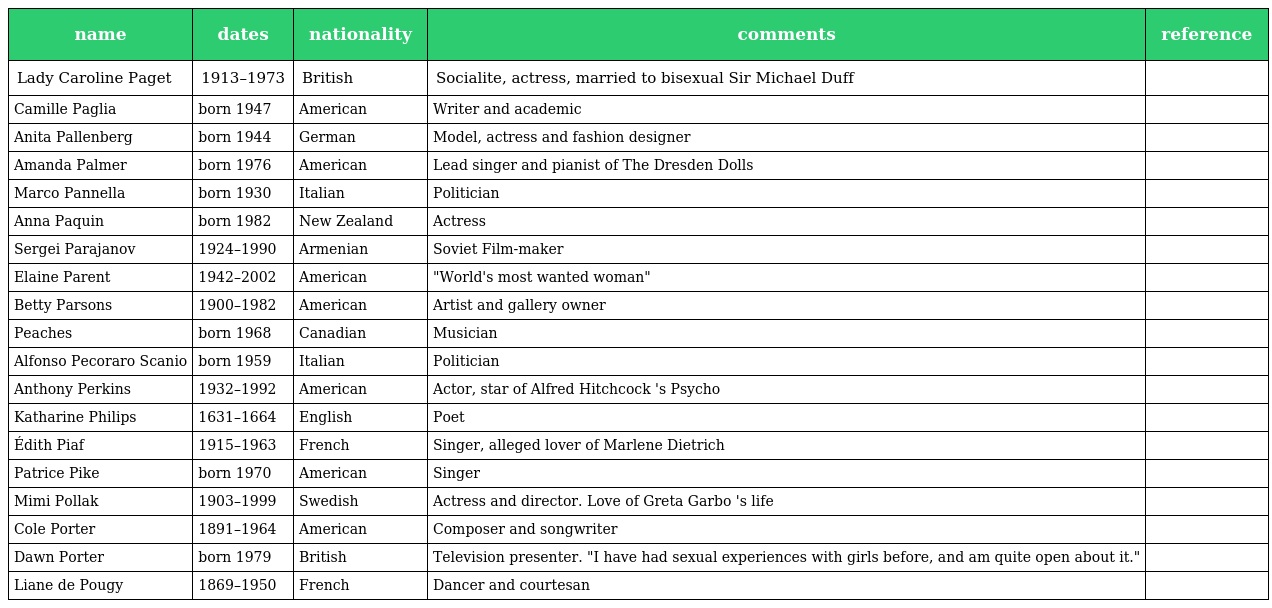
| name | dates | nationality | comments | reference |
 | --- | --- | --- | --- | --- |
 | Lady Caroline Paget | 1913–1973 | British | Socialite, actress, married to bisexual Sir Michael Duff |  |
 | Camille Paglia | born 1947 | American | Writer and academic |  |
 | Anita Pallenberg | born 1944 | German | Model, actress and fashion designer |  |
 | Amanda Palmer | born 1976 | American | Lead singer and pianist of The Dresden Dolls |  |
 | Marco Pannella | born 1930 | Italian | Politician |  |
 | Anna Paquin | born 1982 | New Zealand | Actress |  |
 | Sergei Parajanov | 1924–1990 | Armenian | Soviet Film-maker |  |
 | Elaine Parent | 1942–2002 | American | "World's most wanted woman" |  |
 | Betty Parsons | 1900–1982 | American | Artist and gallery owner |  |
 | Peaches | born 1968 | Canadian | Musician |  |
 | Alfonso Pecoraro Scanio | born 1959 | Italian | Politician |  |
 | Anthony Perkins | 1932–1992 | American | Actor, star of Alfred Hitchcock 's Psycho |  |
 | Katharine Philips | 1631–1664 | English | Poet |  |
 | Édith Piaf | 1915–1963 | French | Singer, alleged lover of Marlene Dietrich |  |
 | Patrice Pike | born 1970 | American | Singer |  |
 | Mimi Pollak | 1903–1999 | Swedish | Actress and director. Love of Greta Garbo 's life |  |
 | Cole Porter | 1891–1964 | American | Composer and songwriter |  |
 | Dawn Porter | born 1979 | British | Television presenter. "I have had sexual experiences with girls before, and am quite open about it." |  |
 | Liane de Pougy | 1869–1950 | French | Dancer and courtesan |  |